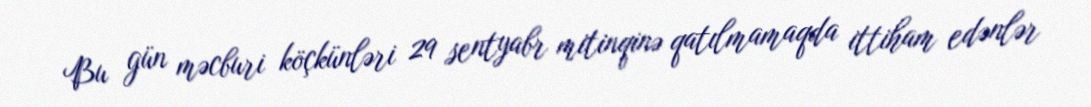
Bu gün məcburi köçkünləri 29 sentyabr mitinqinə qatılmamaqda ittiham edənlər